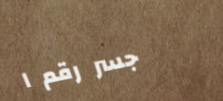
جسر رقم ١